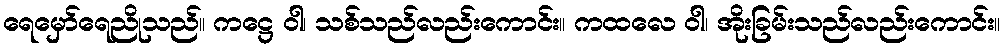
ရေမှော်ရေညိုသည်။ ကဋ္ဌေ ဝါ၊ သစ်သည်လည်းကောင်း။ ကထလေ ဝါ၊ အိုးခြမ်းသည်လည်းကောင်း။